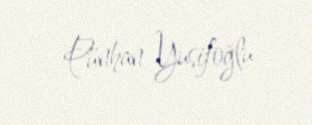
Pünhan Yusifoğlu